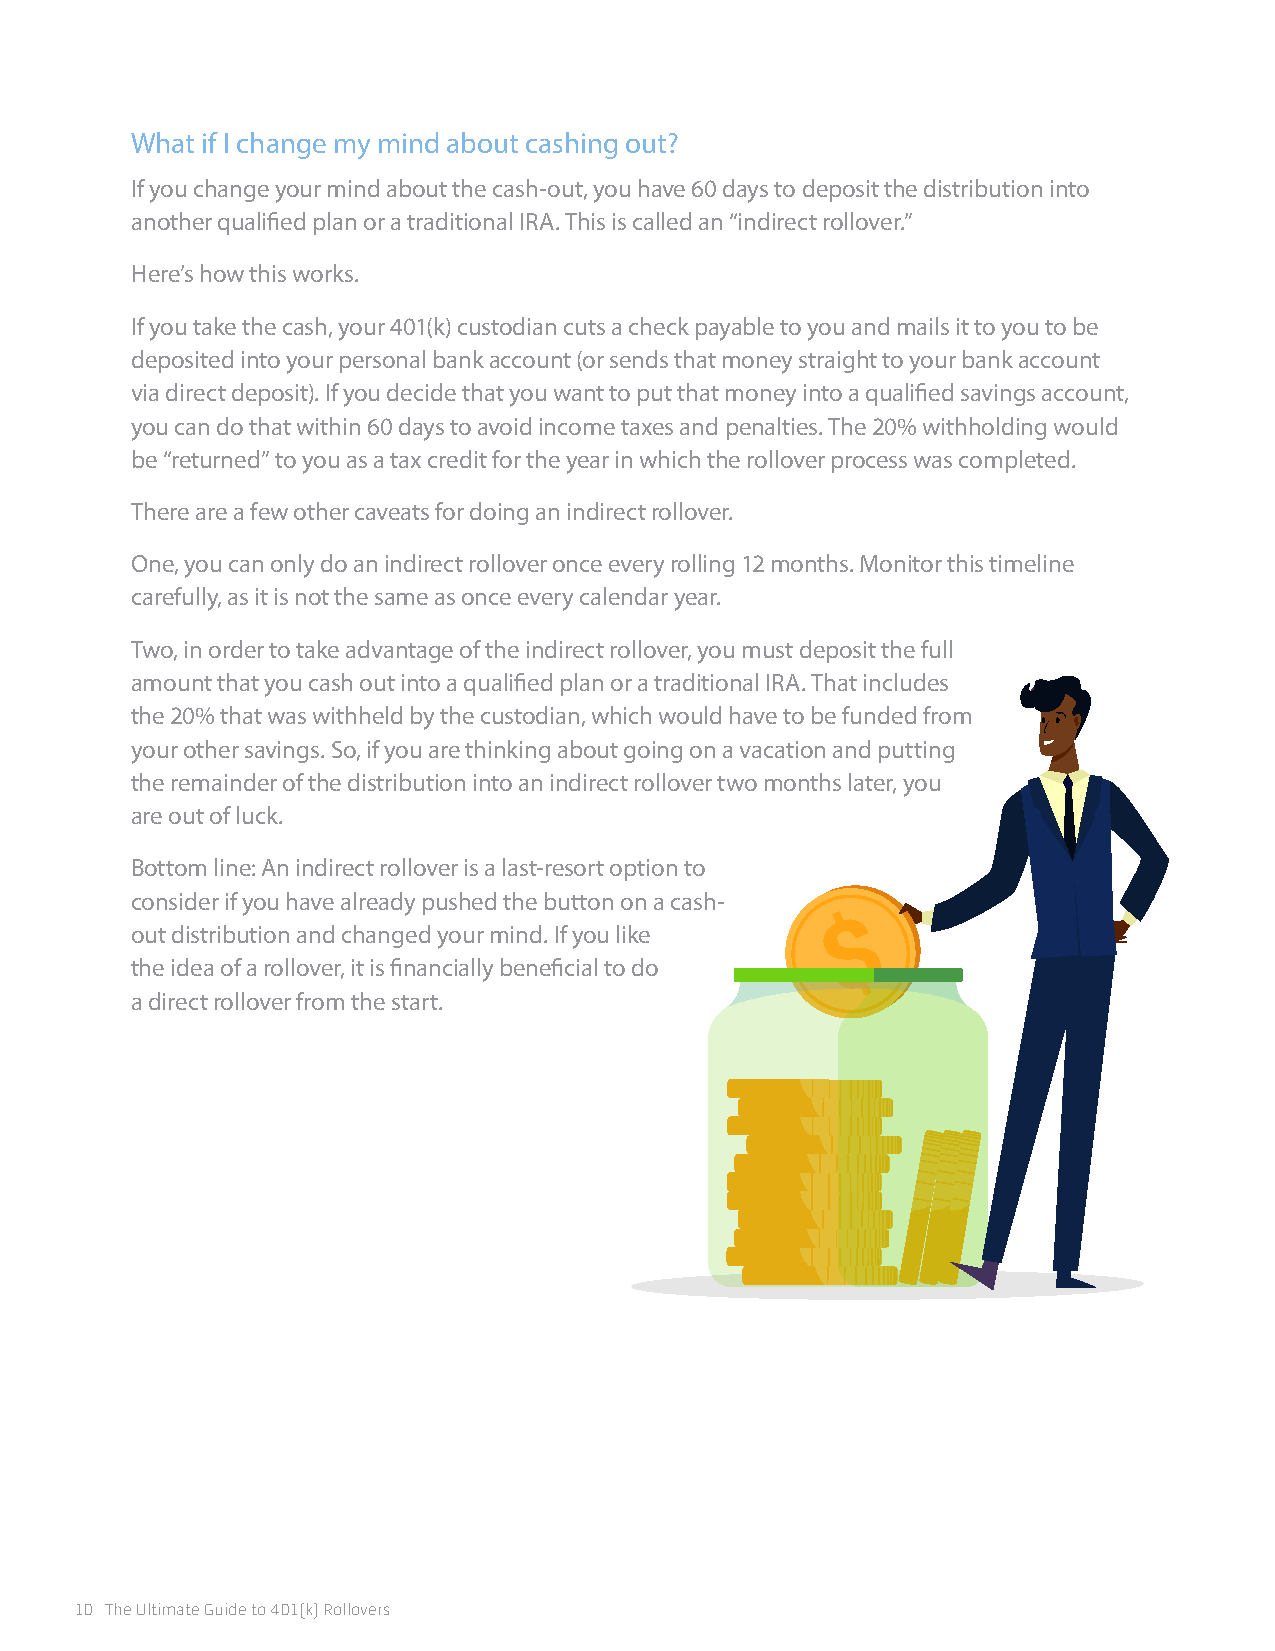
What if I change my mind about cashing out?
 If you change your mind about the cash-out, you have 60 days to deposit the distribution into
 another qualified plan or a traditional IRA. This is called an “indirect rollover.”
 Here’s how this works.
 If you take the cash, your 401(k) custodian cuts a check payable to you and mails it to you to be
 deposited into your personal bank account (or sends that money straight to your bank account
 via direct deposit). If you decide that you want to put that money into a qualified savings account,
 you can do that within 60 days to avoid income taxes and penalties. The 20% withholding would
 be “returned” to you as a tax credit for the year in which the rollover process was completed.
 There are a few other caveats for doing an indirect rollover.
 One, you can only do an indirect rollover once every rolling 12 months. Monitor this timeline
 carefully, as it is not the same as once every calendar year.
 Two, in order to take advantage of the indirect rollover, you must deposit the full
 amount that you cash out into a qualified plan or a traditional IRA. That includes
 the 20% that was withheld by the custodian, which would have to be funded from
 your other savings. So, if you are thinking about going on a vacation and putting
 the remainder of the distribution into an indirect rollover two months later, you
 are out of luck.
 Bottom line: An indirect rollover is a last-resort option to
 consider if you have already pushed the button on a cash-
 out distribution and changed your mind. If you like
 the idea of a rollover, it is financially beneficial to do
 a direct rollover from the start.
 10 The Ultimate Guide to 401(k) Rollovers